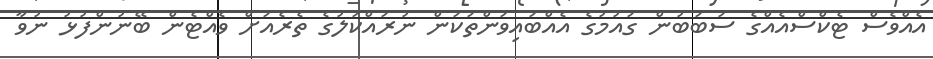
އެއްވެސް ޓެކްސްއެއްގެ ސަބަބުން ގައުމުގެ އެއްބައިވަންތަކަން ނުރައްކަލުގެ ތެރެއަށް ވެއްޓެން ބޭނުންފުޅު ނުވާ